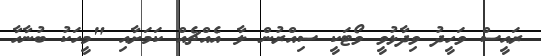
ރައީސް ވަހީދު ވިދާޅުވީ ވޯޓަކީ ސިއްރުން ލާ އެއްޗެއް ކަމަށާއި "މީހަކު ބުނާހާ